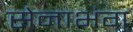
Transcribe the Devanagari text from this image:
सेनाभंग